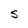
Character: S